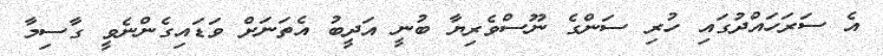
އެ ސަރަހައްދުގައި ހުރި ސަންގެ ނޫސްވެރިޔާ ބުނީ އަދީބު އެތަނަށް ވަޑައިގެންނެވީ ގާސިމާ